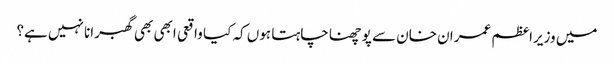
میں وزیراعظم عمران خان سے پوچھنا چاہتا ہوں کہ کیا واقعی ابھی بھی گھبرانا نہیں ہے؟